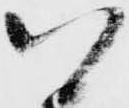
以